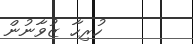
ހުރިހާ ޒުވާނުން